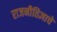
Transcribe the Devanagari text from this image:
राजनीतिज्ञाचे